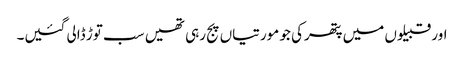
اور قبیلوں میں پتھرکی جو مورتیاں پج رہی تھیں سب توڑ ڈالی گئیں۔